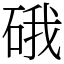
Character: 硪